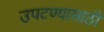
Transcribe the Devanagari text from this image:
उपटण्यासाठी